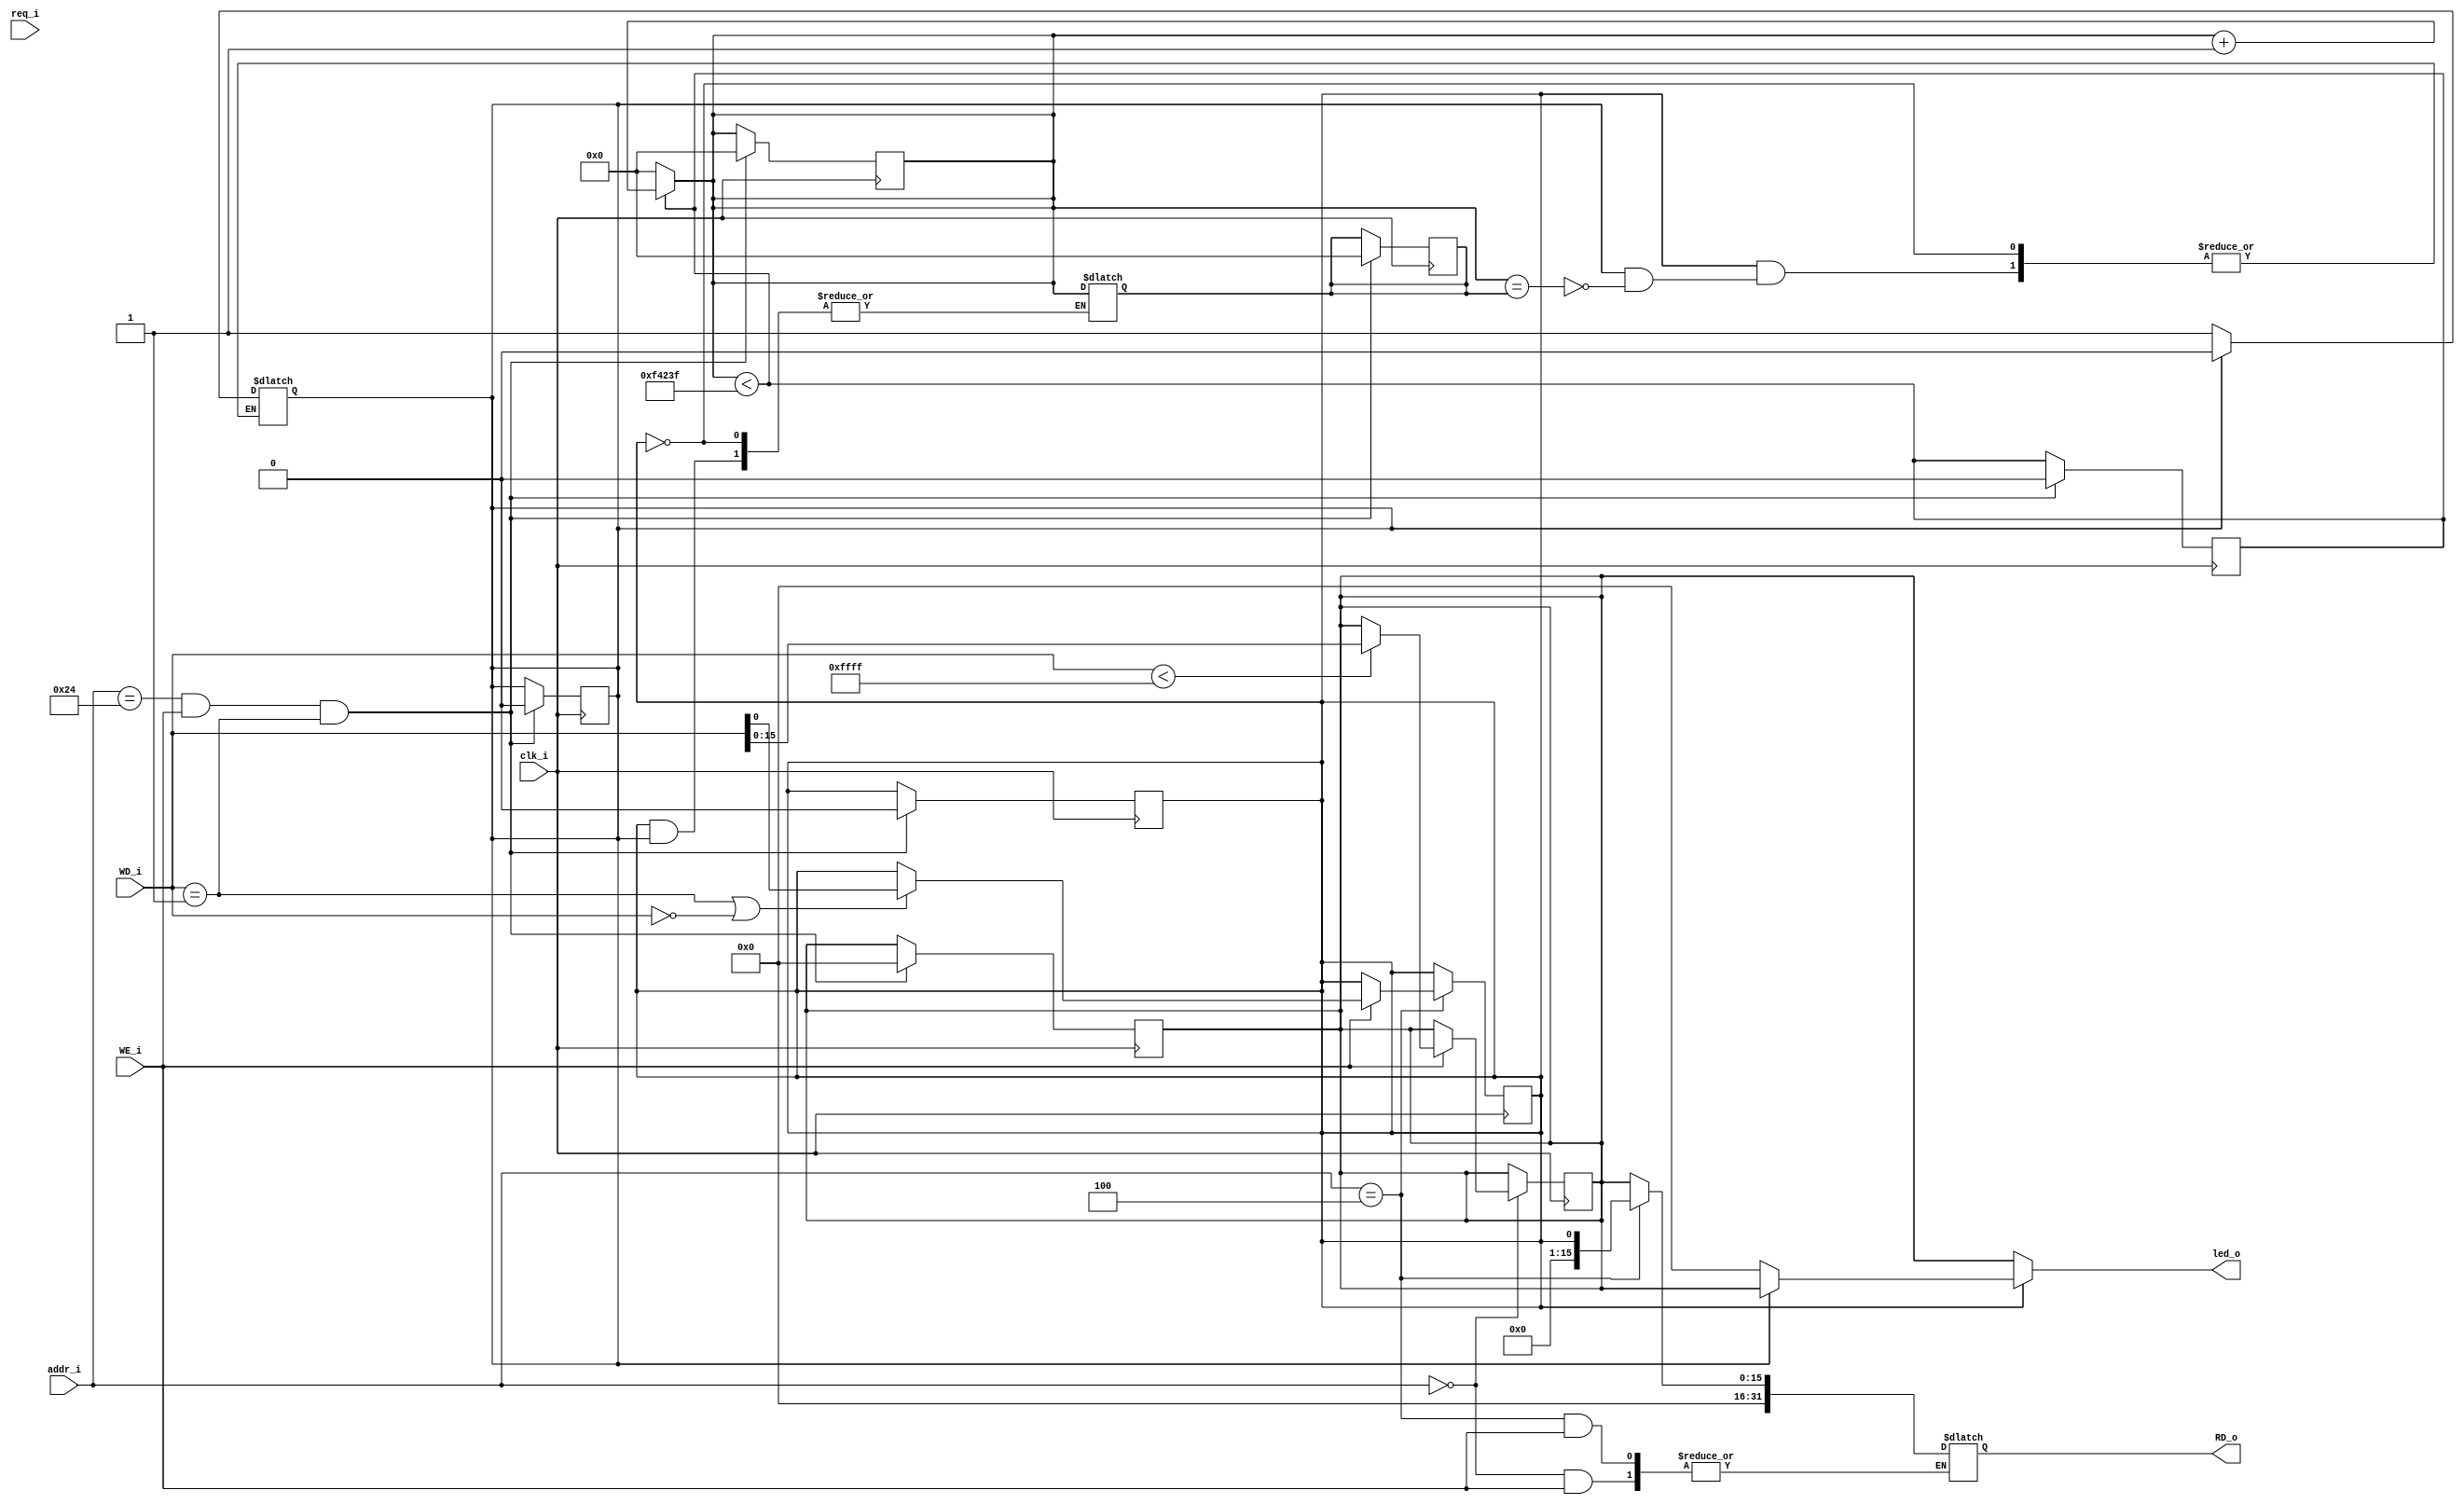
module led_sb_ctrl(
  input         clk_i,
  input [31:0]  addr_i,
  input         req_i,
  input [31:0]  WD_i,
  input         WE_i,
  output reg [31:0] RD_o,

  output reg [15:0]  led_o
);

    reg [15:0]  led_val;
    reg         led_mode;
    
    
    reg [31:0] counter;
    reg counter_less;
   
    
    reg morganie;
    reg [31:0] counter_second;
    
    always @ (posedge clk_i) begin //0x24
        if ((addr_i == 32'h24) & (WE_i == 1) & (WD_i == 32'b1)) begin
            led_val <= 16'b0;
            led_mode <= 1'b0;
            counter <= 32'b0;
            counter_less <= 1'b0;
            counter_second <= 32'b0;
            morganie <= 1'b0;
        end
    end
    
    always @ (*) begin //RD_o
       case(addr_i)
        32'h0:
            if (WE_i == 0) begin
                RD_o <= {16'd0, led_val};
            end
        32'h4:
            if (WE_i == 0) begin
                RD_o <= {31'd0, led_mode};
            end
        default:
            RD_o <= 32'hZZZZZZZZ;
        endcase
    end
    
    always @ (posedge clk_i) begin //0x00
        if (addr_i == 32'h0) begin
            if (WE_i == 1) begin
                if (WD_i < 32'd65535) begin
                    led_val <= WD_i;
                end
            end
            //else begin
            //    led_o_future <= led_val;
            //end
        end
    end
    
    always @ (posedge clk_i) begin //0x04
        if (addr_i == 32'h4) begin
            if (WE_i == 1) begin
                if ((WD_i == 32'b1) | (WD_i == 32'b0)) begin
                    led_mode <= WD_i;
                end
            end
            //else begin
            //    led_mode_future <= led_mode;
            //end
        end
    end
    
    
    always @ (clk_i) begin
        counter_less <= counter < 32'd999999;
        counter <= counter_less? counter + 1'b1 : 32'd0;
        if (led_mode == 1'b1) begin 
            if (morganie != 1'b1) begin
                morganie <= 1'b1;
                counter_second <= counter;
            end
            else begin
                if (counter == counter_second) begin
                    morganie <= 1'b0;
                end
            end  
        end
        if (led_mode)
            led_o = morganie? led_val : 16'b0;
        else
            led_o = led_val;
    end

endmodule